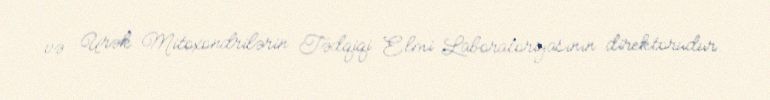
və Ürək Mitoxondrilərin Tədqiqi Elmi Laboratoriyasının direktorudur.